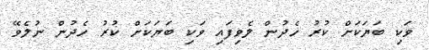
ވަކި ބަޔަކަށް ކުރު ހެދުން ލެވިފައި ވަކި ބަޔަކަށް ކުރު ހެދުން ނުލެވޭ